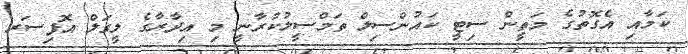
ކަމާއި އެގޮތުގެ މަތީން ސިޓީ ކައުންސިލް ތަމްސީލުކުރާނީ މި އިދާރާގެ ލީގަލް އޮފިސަރ